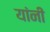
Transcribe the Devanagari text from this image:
यांंनी